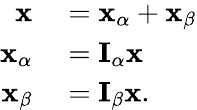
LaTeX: \begin{array}{rl}{\mathbf{x}}&{{}=\mathbf{x}_{\alpha}+\mathbf{x}_{\beta}}\\ {\mathbf{x}_{\alpha}}&{{}=\mathbf{I}_{\alpha}\mathbf{x}}\\ {\mathbf{x}_{\beta}}&{{}=\mathbf{I}_{\beta}\mathbf{x}.}\end{array}